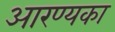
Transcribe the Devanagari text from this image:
आरण्यका